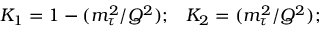
K _ { 1 } = 1 - ( { m _ { \tau } ^ { 2 } } / { Q ^ { 2 } } ) ; \, \, \, \, \, K _ { 2 } = ( { m _ { \tau } ^ { 2 } } / { Q ^ { 2 } } ) ;